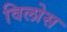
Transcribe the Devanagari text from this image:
विलोस